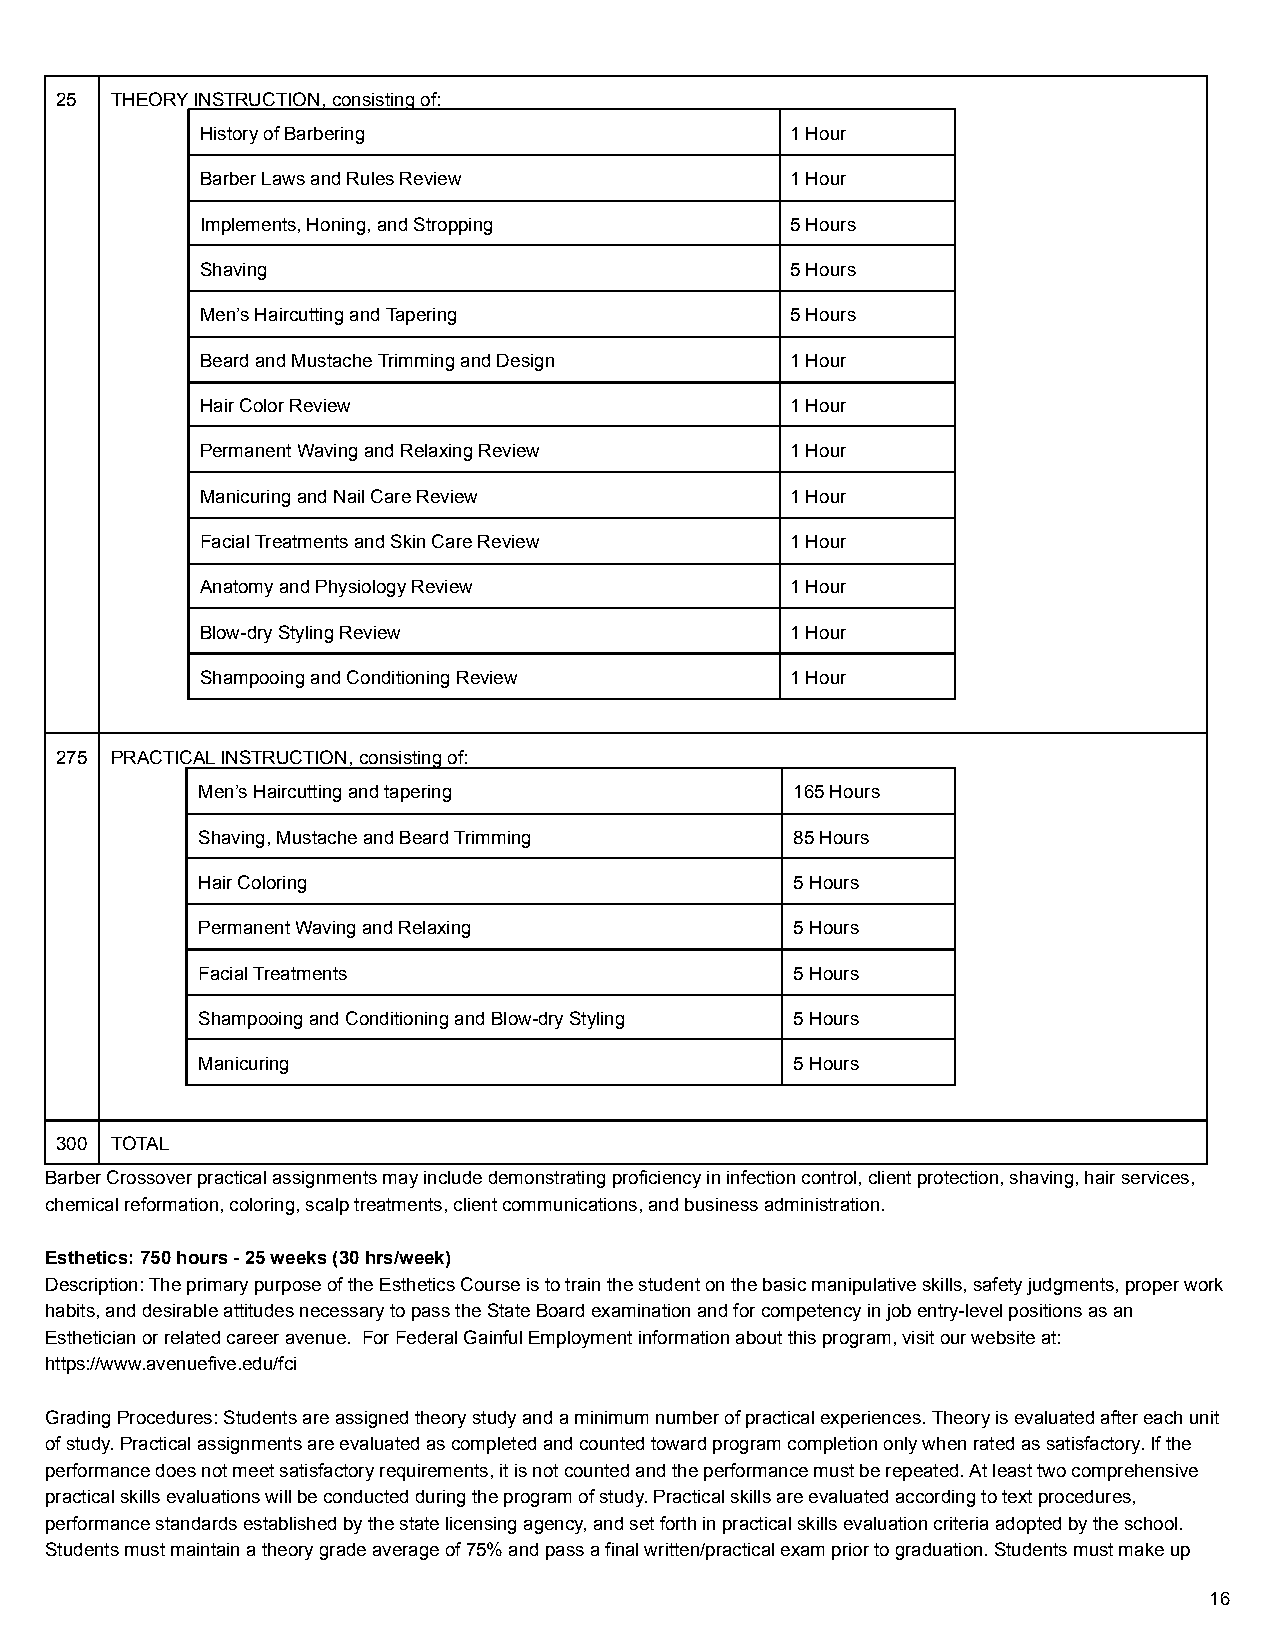
25 THEORY INSTRUCTION, consisting of:
 History of Barbering                   1 Hour
 Barber Laws and Rules Review           1 Hour
 Implements, Honing, and Stropping      5 Hours
 Shaving                                5 Hours
 Men’s Haircutting and Tapering         5 Hours
 Beard and Mustache Trimming and Design 1 Hour
 Hair Color Review                      1 Hour
 Permanent Waving and Relaxing Review   1 Hour
 Manicuring and Nail Care Review        1 Hour
 Facial Treatments and Skin Care Review 1 Hour
 Anatomy and Physiology Review          1 Hour
 Blow-dry Styling Review                1 Hour
 Shampooing and Conditioning Review     1 Hour
 275 PRACTICAL INSTRUCTION, consisting of:
 Men’s Haircutting and tapering          165 Hours
 Shaving, Mustache and Beard Trimming    85 Hours
 Hair Coloring                           5 Hours
 Permanent Waving and Relaxing           5 Hours
 Facial Treatments                       5 Hours
 Shampooing and Conditioning and Blow-dry Styling 5 Hours
 Manicuring                              5 Hours
 300 TOTAL
 Barber Crossover practical assignments may include demonstrating proficiency in infection control, client protection, shaving, hair services,
 chemical reformation, coloring, scalp treatments, client communications, and business administration.
 Esthetics: 750 hours - 25 weeks (30 hrs/week)
 Description: The primary purpose of the Esthetics Course is to train the student on the basic manipulative skills, safety judgments, proper work
 habits, and desirable attitudes necessary to pass the State Board examination and for competency in job entry-level positions as an
 Esthetician or related career avenue. For Federal Gainful Employment information about this program, visit our website at:
 https://www.avenuefive.edu/fci
 Grading Procedures: Students are assigned theory study and a minimum number of practical experiences. Theory is evaluated after each unit
 of study. Practical assignments are evaluated as completed and counted toward program completion only when rated as satisfactory. If the
 performance does not meet satisfactory requirements, it is not counted and the performance must be repeated. At least two comprehensive
 practical skills evaluations will be conducted during the program of study. Practical skills are evaluated according to text procedures,
 performance standards established by the state licensing agency, and set forth in practical skills evaluation criteria adopted by the school.
 Students must maintain a theory grade average of 75% and pass a final written/practical exam prior to graduation. Students must make up
 16